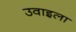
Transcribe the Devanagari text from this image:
उवाइला